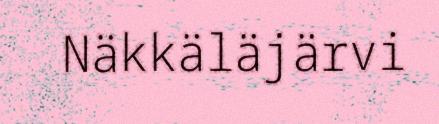
Näkkäläjärvi